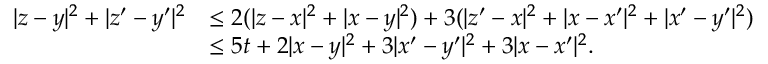
\begin{array} { r l } { | z - y | ^ { 2 } + | z ^ { \prime } - y ^ { \prime } | ^ { 2 } } & { \le 2 ( | z - x | ^ { 2 } + | x - y | ^ { 2 } ) + 3 ( | z ^ { \prime } - x | ^ { 2 } + | x - x ^ { \prime } | ^ { 2 } + | x ^ { \prime } - y ^ { \prime } | ^ { 2 } ) } \\ & { \le 5 t + 2 | x - y | ^ { 2 } + 3 | x ^ { \prime } - y ^ { \prime } | ^ { 2 } + 3 | x - x ^ { \prime } | ^ { 2 } . } \end{array}